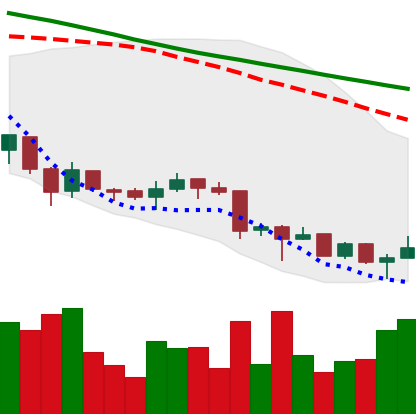
Ticker: XRP-USD
Chart end date: 2018-06-30
Forward return: 3.299%
Label: up_3_5